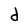
Character: d